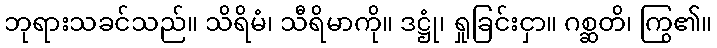
ဘုရားသခင်သည်။ သိရိမံ၊ သီရိမာကို။ ဒဋ္ဌုံ၊ ရှုခြင်းငှာ။ ဂစ္ဆတိ၊ ကြွ၏။